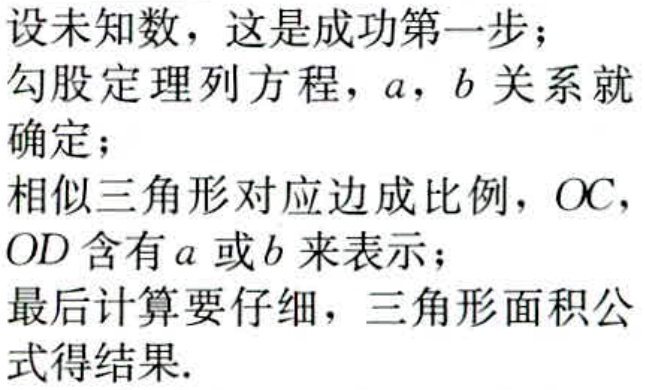
设未知数，这是成功第一步；
勾股定理列方程，\(a\)，\(b\) 关系就确定；
相似三角形对应边成比例，\(OC\)，\(OD\) 含有 \(a\) 或 \(b\) 来表示；
最后计算要仔细，三角形面积公式得结果.